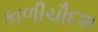
કાળીચૌદશ